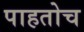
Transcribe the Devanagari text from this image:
पाहतोच